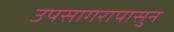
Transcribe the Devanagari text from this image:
उपसागरापासुन